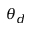
\theta _ { d }